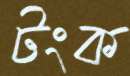
টংক